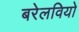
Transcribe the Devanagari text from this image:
बरेलवियो